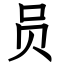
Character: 员